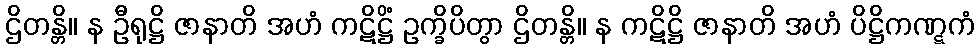
ဌိတန္တိ။ န ဦရုဋ္ဌိ ဇာနာတိ အဟံ ကဋိဋ္ဌိံ ဥက္ခိပိတွာ ဌိတန္တိ။ န ကဋိဋ္ဌိ ဇာနာတိ အဟံ ပိဋ္ဌိကဏ္ဋကံ